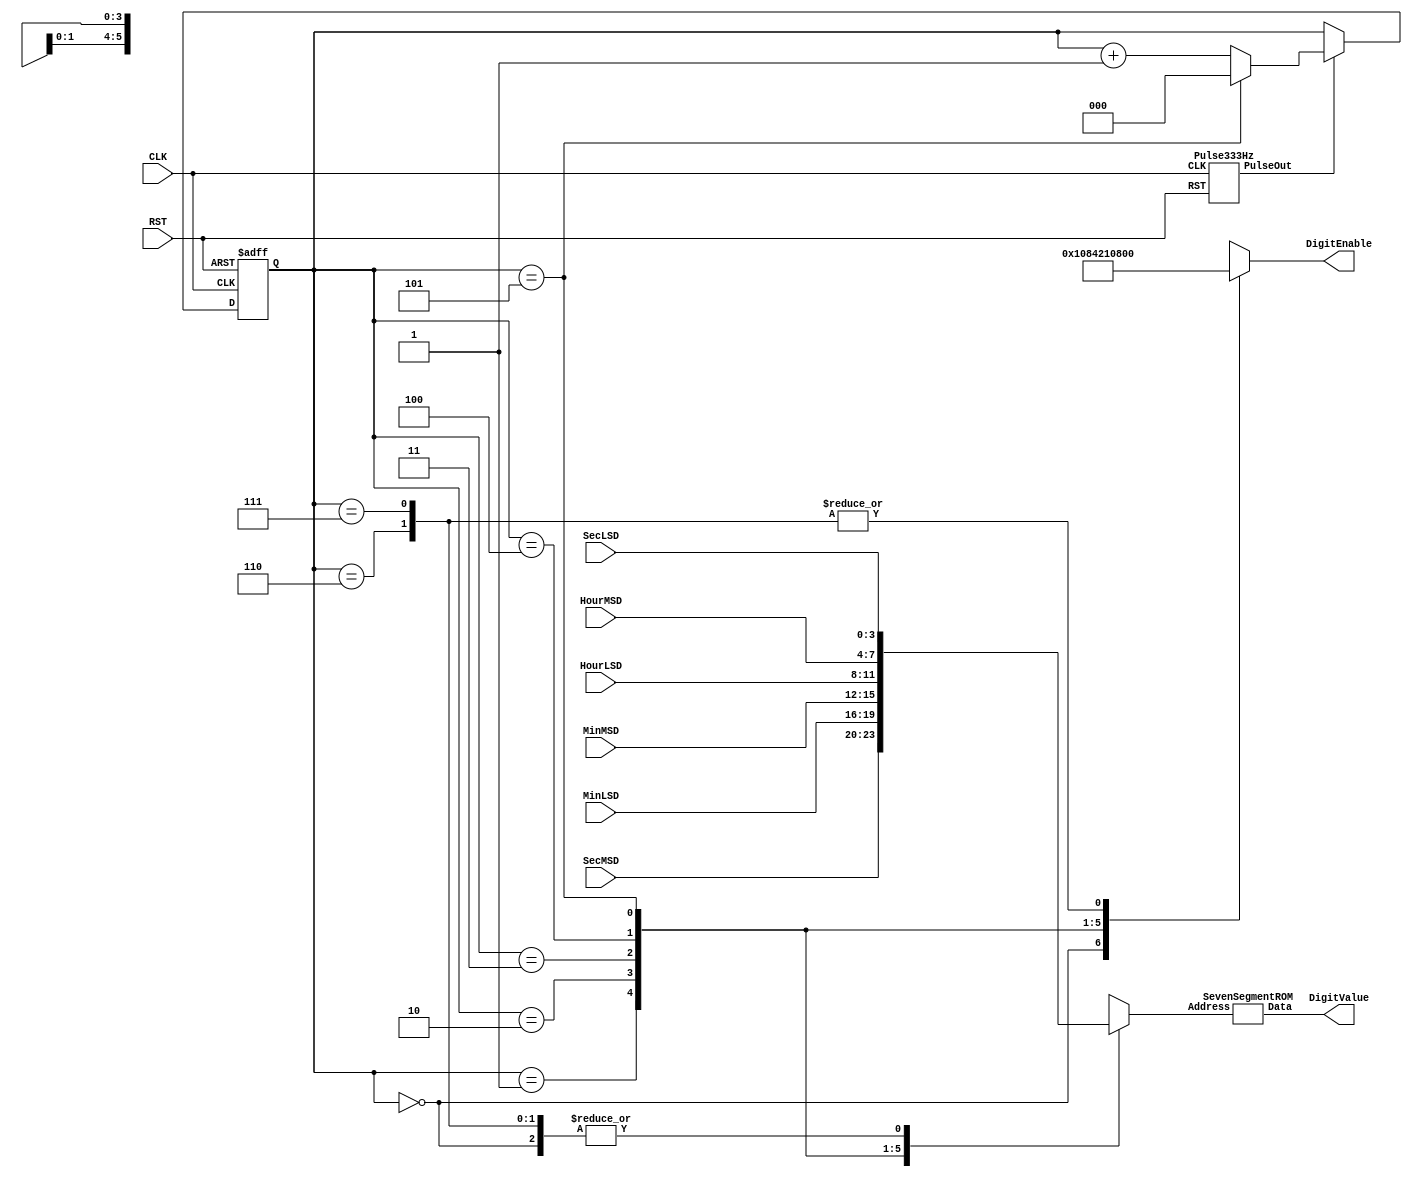
/*	SevenSegmentDriver.v
	Controls BCD to Seven Segment conversion and display multiplexing.
	
	Copyright 2017 Patrick Cland */
module SevenSegmentDriver(CLK, RST, HourMSD, HourLSD, MinMSD, MinLSD, SecMSD, SecLSD, DigitEnable, DigitValue);
	input CLK;
	input RST;
	input[3:0] HourMSD, HourLSD, MinMSD, MinLSD, SecMSD, SecLSD;
	output reg[5:0] DigitEnable;
	output[6:0] DigitValue;
	
	wire Pulse;
	
	reg[3:0] BCDValue;
	
	//When pulse is received, change digit to output
	Pulse333Hz P1(.CLK(CLK), .RST(RST), .PulseOut(Pulse));
	SevenSegmentROM S1(.Address(BCDValue), .Data(DigitValue));
	
	reg[2:0] Count;
	
	always @ (posedge CLK or posedge RST) begin
		if(RST) begin
			Count <= 3'b000;
		end else begin
			if(Pulse) begin
				Count <= Count + 1'b1;
				if(Count == 3'b101) begin
					Count <= 3'b000;
				end
			end
		end
	end
	
	always @ (Count or SecLSD or SecMSD or MinLSD or MinMSD or HourLSD or HourMSD) begin
		case(Count)
			3'b000: begin DigitEnable = 6'b000001; BCDValue = SecLSD; end
			3'b001: begin DigitEnable = 6'b000010; BCDValue = SecMSD; end
			3'b010: begin DigitEnable = 6'b000100; BCDValue = MinLSD; end
			3'b011: begin DigitEnable = 6'b001000; BCDValue = MinMSD; end
			3'b100: begin DigitEnable = 6'b010000; BCDValue = HourLSD; end
			3'b101: begin DigitEnable = 6'b100000; BCDValue = HourMSD; end
			3'b110: begin DigitEnable = 6'b000000; BCDValue = SecLSD; end
			3'b111: begin DigitEnable = 6'b000000; BCDValue = SecLSD; end
		endcase
	end
endmodule

module Pulse333Hz(CLK, RST, PulseOut);
	input CLK;
	input RST;
	output reg PulseOut;
	
	//19 bits to count to 300,000
	reg[18:0] Count;
	
	always @ (posedge CLK or posedge RST) begin
		if(RST) begin
			Count <= 18'd0;
			PulseOut <= 1'b0;
		end else begin
			Count <= Count + 1'b1;
			if(Count == 30000) begin
				Count <= 18'd0;
				PulseOut <= 1'b1;
			end else begin
				PulseOut <= 1'b0;
			end
		end
	end
endmodule

module SevenSegmentROM(Address, Data);
	input[3:0] Address;
	output reg [6:0] Data;
	always @ (Address) begin
		//Active Low!
		case(Address)
			4'b0000: Data = 7'b0000001;
			4'b0001: Data = 7'b1001111;
			4'b0010: Data = 7'b0010010;
			4'b0011: Data = 7'b0000110;
			4'b0100: Data = 7'b1001100;
			4'b0101: Data = 7'b0100100;
			4'b0110: Data = 7'b0100000;
			4'b0111: Data = 7'b0001111;
			4'b1000: Data = 7'b0000000;
			4'b1001: Data = 7'b0000100;
			default: Data = 7'b1111111;
		endcase
	end
endmodule